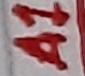
Text: A1